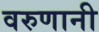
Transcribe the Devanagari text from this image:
वरुणानी